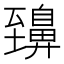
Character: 䶍